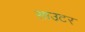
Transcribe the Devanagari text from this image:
साउटर